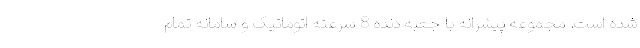
شده است. مجموعه پیشرانه با جعبه دنده 8 سرعته اتوماتیک و سامانه تمام